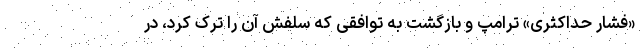
«فشار حداکثری» ترامپ و بازگشت به توافقی که سلفش آن را ترک کرد، در